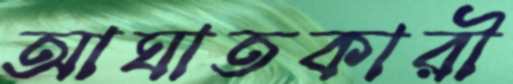
আঘাতকারী